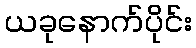
ယခုနောက်ပိုင်း